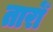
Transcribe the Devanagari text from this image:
तारोँ